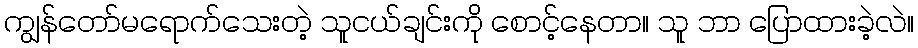
ကျွန်တော်မရောက်သေးတဲ့ သူငယ်ချင်းကို စောင့်နေတာ။ သူ ဘာ ပြောထားခဲ့လဲ။